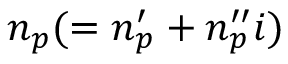
n _ { p } ( = n _ { p } ^ { \prime } + n _ { p } ^ { \prime \prime } i )